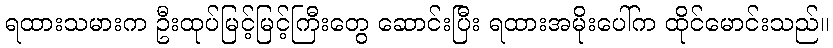
ရထားသမားက ဦးထုပ်မြင့်မြင့်ကြီးတွေ ဆောင်းပြီး ရထားအမိုးပေါ်က ထိုင်မောင်းသည်။